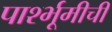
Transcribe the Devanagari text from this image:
पार्श्भूमीची